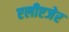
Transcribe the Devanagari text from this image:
एलीएजेर